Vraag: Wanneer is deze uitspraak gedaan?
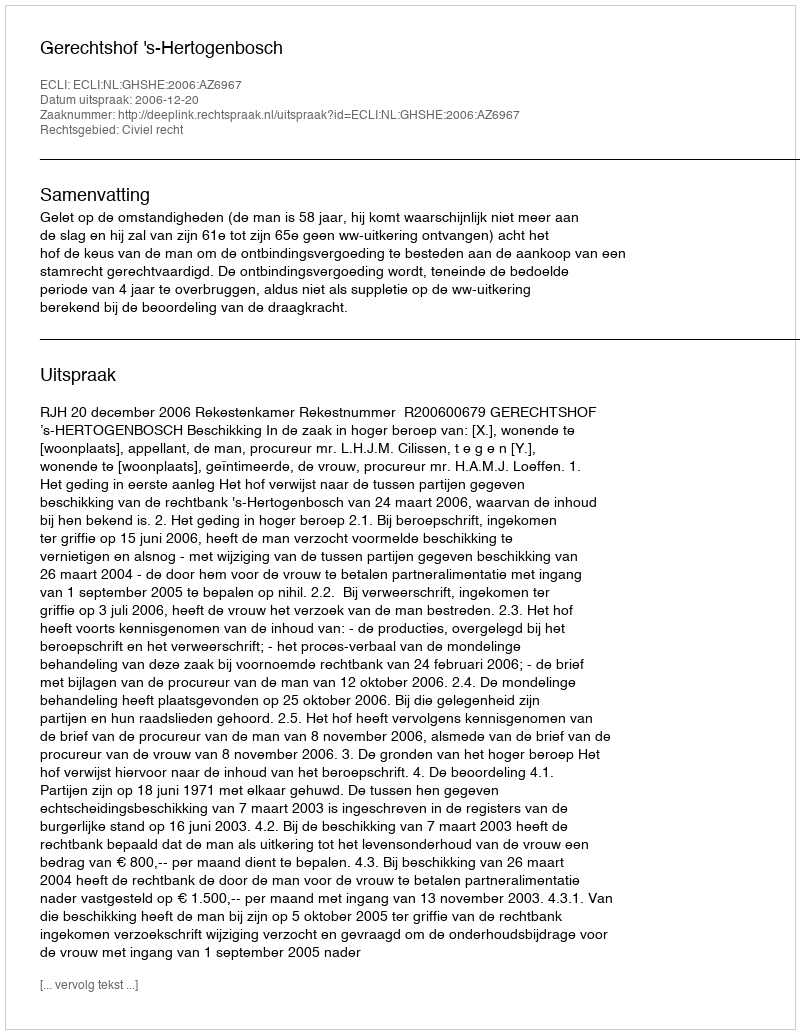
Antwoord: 2006-12-20